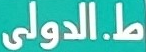
ط.الدولى